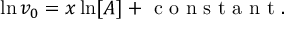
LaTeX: \ln v _ { 0 } = x \ln [ A ] + { \textrm { c o n s t a n t } } .